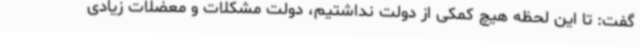
گفت: تا این لحظه هیچ کمکی از دولت نداشتیم، دولت مشکلات و معضلات زیادی